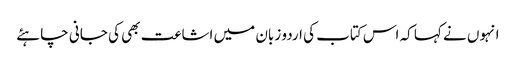
انہوں نے کہا کہ اس کتاب کی اردو زبان میں اشاعت بھی کی جانی چاہئے